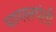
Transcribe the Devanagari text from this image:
पागलपंती